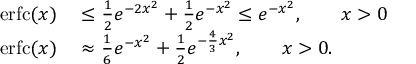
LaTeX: \begin{array} { r l } { \operatorname { e r f c } ( x ) } & { { } \leq { \frac { 1 } { 2 } } e ^ { - 2 x ^ { 2 } } + { \frac { 1 } { 2 } } e ^ { - x ^ { 2 } } \leq e ^ { - x ^ { 2 } } , \qquad x > 0 } \\ { \operatorname { e r f c } ( x ) } & { { } \approx { \frac { 1 } { 6 } } e ^ { - x ^ { 2 } } + { \frac { 1 } { 2 } } e ^ { - { \frac { 4 } { 3 } } x ^ { 2 } } , \qquad x > 0 . } \end{array}